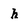
Character: h